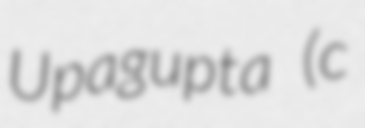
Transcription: Upagupta (c